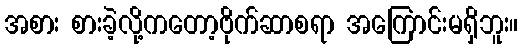
အစား စားခဲ့လို့ကတော့ဗိုက်ဆာစရာ အကြောင်းမရှိဘူး။